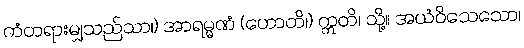
ကံတရားမျှသည်သာ၊) အာရမ္မဏံ (ဟောတိ၊) ဣတိ၊ သို့။ အယံဝိသေသော၊